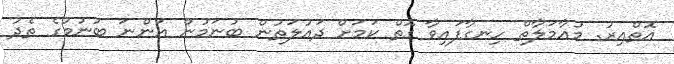
އޮތްއިރު